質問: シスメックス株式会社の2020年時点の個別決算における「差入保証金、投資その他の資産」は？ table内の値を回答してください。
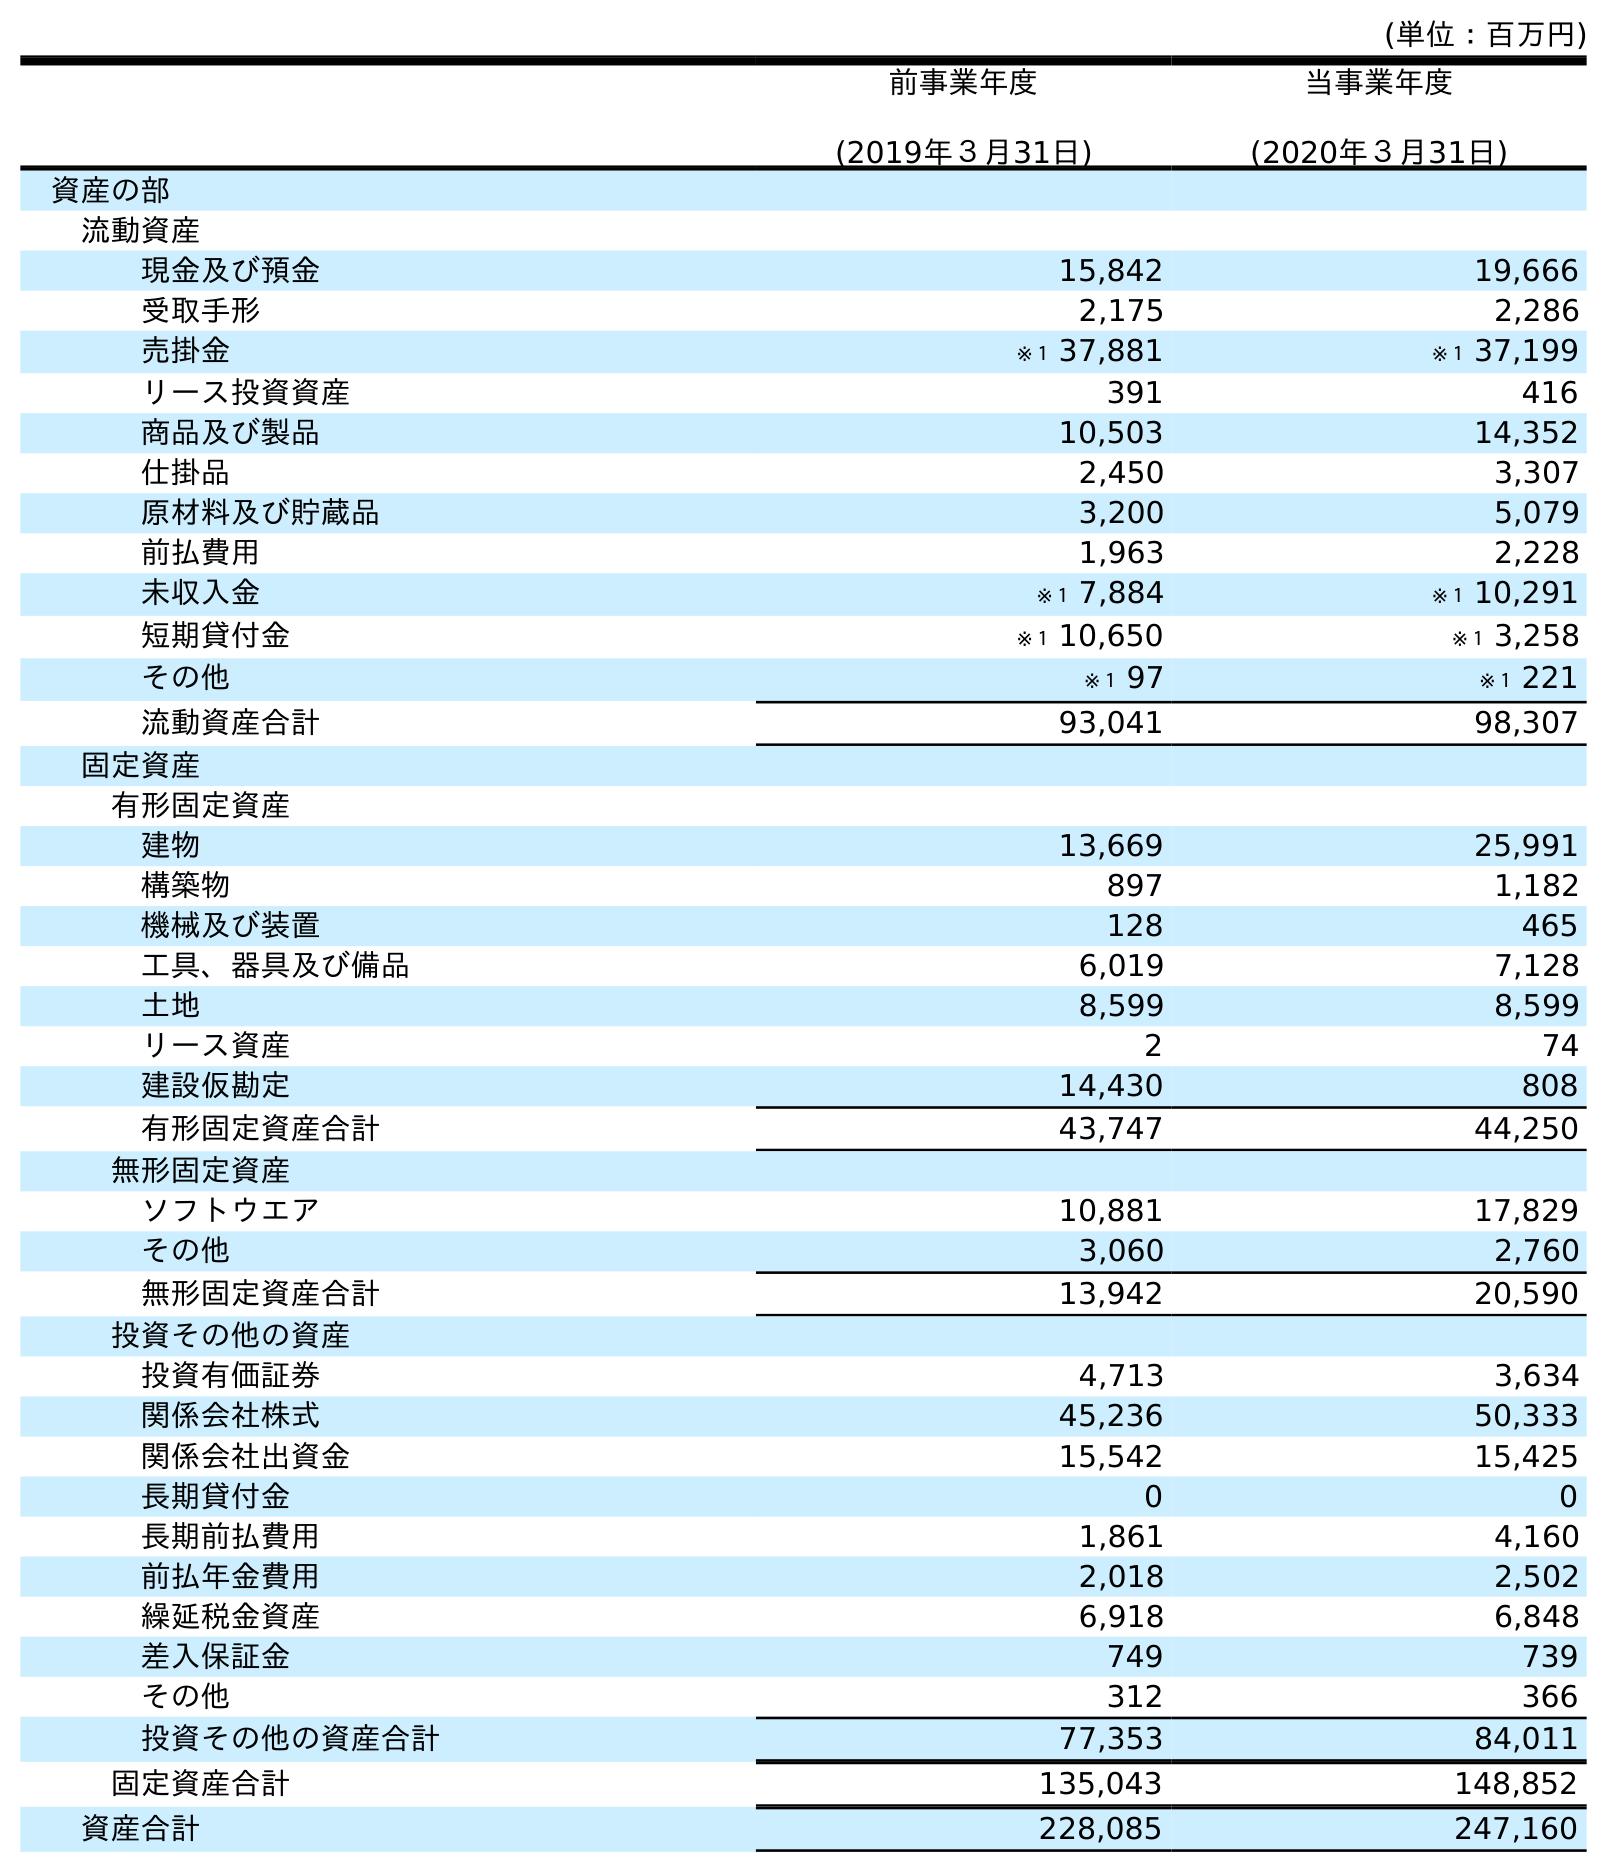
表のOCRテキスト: (単位：百万円) 前事業年度 (2019年３月31日) 当事業年度 (2020年３月31日) 資産の部 流動資産 現金及び預金 15,842 19,666 受取手形 2,175 2,286 売掛金 ※１ 37,881 ※１ 37,199 リース投資資産 391 416 商品及び製品 10,503 14,352 仕掛品 2,450 3,307 原材料及び貯蔵品 3,200 5,079 前払費用 1,963 2,228 未収入金 ※１ 7,884 ※１ 10,291 短期貸付金 ※１ 10,650 ※１ 3,258 その他 ※１ 97 ※１ 221 流動資産合計 93,041 98,307 固定資産 有形固定資産 建物 13,669 25,991 構築物 897 1,182 機械及び装置 128 465 工具、器具及び備品 6,019 7,128 土地 8,599 8,599 リース資産 2 74 建設仮勘定 14,430 808 有形固定資産合計 43,747 44,250 無形固定資産 ソフトウエア 10,881 17,829 その他 3,060 2,760 無形固定資産合計 13,942 20,590 投資その他の資産 投資有価証券 4,713 3,634 関係会社株式 45,236 50,333 関係会社出資金 15,542 15,425 長期貸付金 0 0 長期前払費用 1,861 4,160 前払年金費用 2,018 2,502 繰延税金資産 6,918 6,848 差入保証金 749 739 その他 312 366 投資その他の資産合計 77,353 84,011 固定資産合計 135,043 148,852 資産合計 228,085 247,160
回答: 739